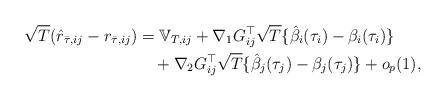
LaTeX: \begin{align*}\sqrt{T}(\hat{r}_{\bar{\tau},ij}-r_{\bar{\tau},ij}) & =\mathbb{V}_{T,ij}+\nabla_{1}G_{ij}^{\top}\sqrt{T}\{\hat{\beta}_{i}(\tau_{i})-\beta_{i}(\tau_{i})\}\\& \ \ \ +\nabla_{2}G_{ij}^{\top}\sqrt{T}\{\hat{\beta}_{j}(\tau_{j})-\beta_{j}(\tau_{j})\}+o_{p}(1),\end{align*}